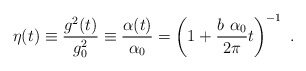
\begin{align*}\eta (t)\equiv {\frac{g^2(t)}{g^2_0}}\equiv {\frac{\alpha(t)}{\alpha_0}}=\left(1+{\frac{b~ \alpha_0}{2\pi}}t\right)^{-1}~.\end{align*}